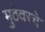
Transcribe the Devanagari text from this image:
मुठेवरचे